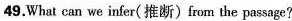
49.What can we infer(推断)from the passage?